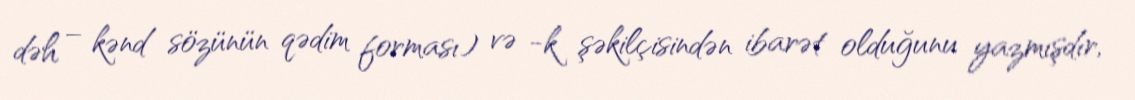
dəh – kənd sözünün qədim forması) və -k şəkilçisindən ibarət olduğunu yazmışdır,